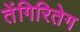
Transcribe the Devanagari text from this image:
तेंगिरितेग